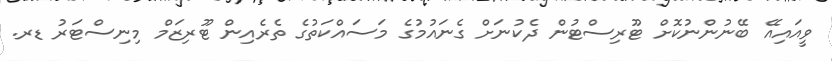
ވީއައިއޭ ބޭނުންނުކޮށް ޓޫރިސްޓުން ދެކުނަށް ގެނައުމުގެ މަސައްކަތުގެ ތެރެއިން ޓޫރިޒަމް މިނިސްޓަރު ޑރ.